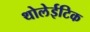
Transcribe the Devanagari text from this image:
थोलेईटिक